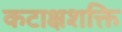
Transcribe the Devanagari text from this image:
कटाक्षशक्ति